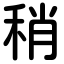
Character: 稍